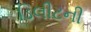
ડિલીટની